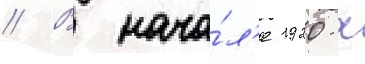
// В нача́л'е 1920-х